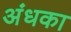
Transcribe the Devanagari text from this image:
अंधका